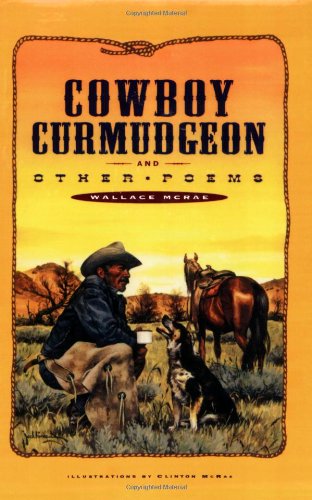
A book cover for Cowboy Curmudgeon and Other Poems; Wallace McRae; Reference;